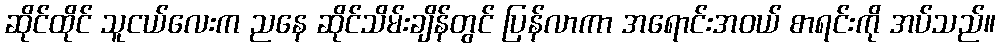
ဆိုင်ထိုင် သူငယ်လေးက ညနေ ဆိုင်သိမ်းချိန်တွင် ပြန်လာကာ အရောင်းအဝယ် စာရင်းကို အပ်သည်။